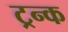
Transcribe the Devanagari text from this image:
ट्रन्क